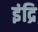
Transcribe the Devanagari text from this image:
इंद्रि